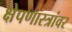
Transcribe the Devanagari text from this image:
क्षेपणास्त्रांवर